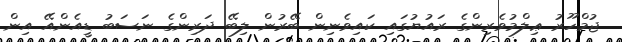
ޖުމްހޫރު ޢިލްމުވެރިންގެ ރައުޔުގައި ކައިވެނިން ބޭރުން ލިބޭ ދަރިންގެ ނަސަބު ޑީއެންއޭ އިން